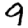
Digit: 9